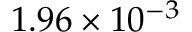
1 . 9 6 \times 1 0 ^ { - 3 }